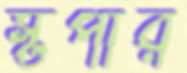
স্টপার